Bréfritari: Þórunn Pálsdóttir
Viðtakandi: Páll Pálsson
Dagsetning: A-1864-01-12
Skrifað á: Hallfreðarstöðum  N-Múl.
Páll var bróðir Þórunnar

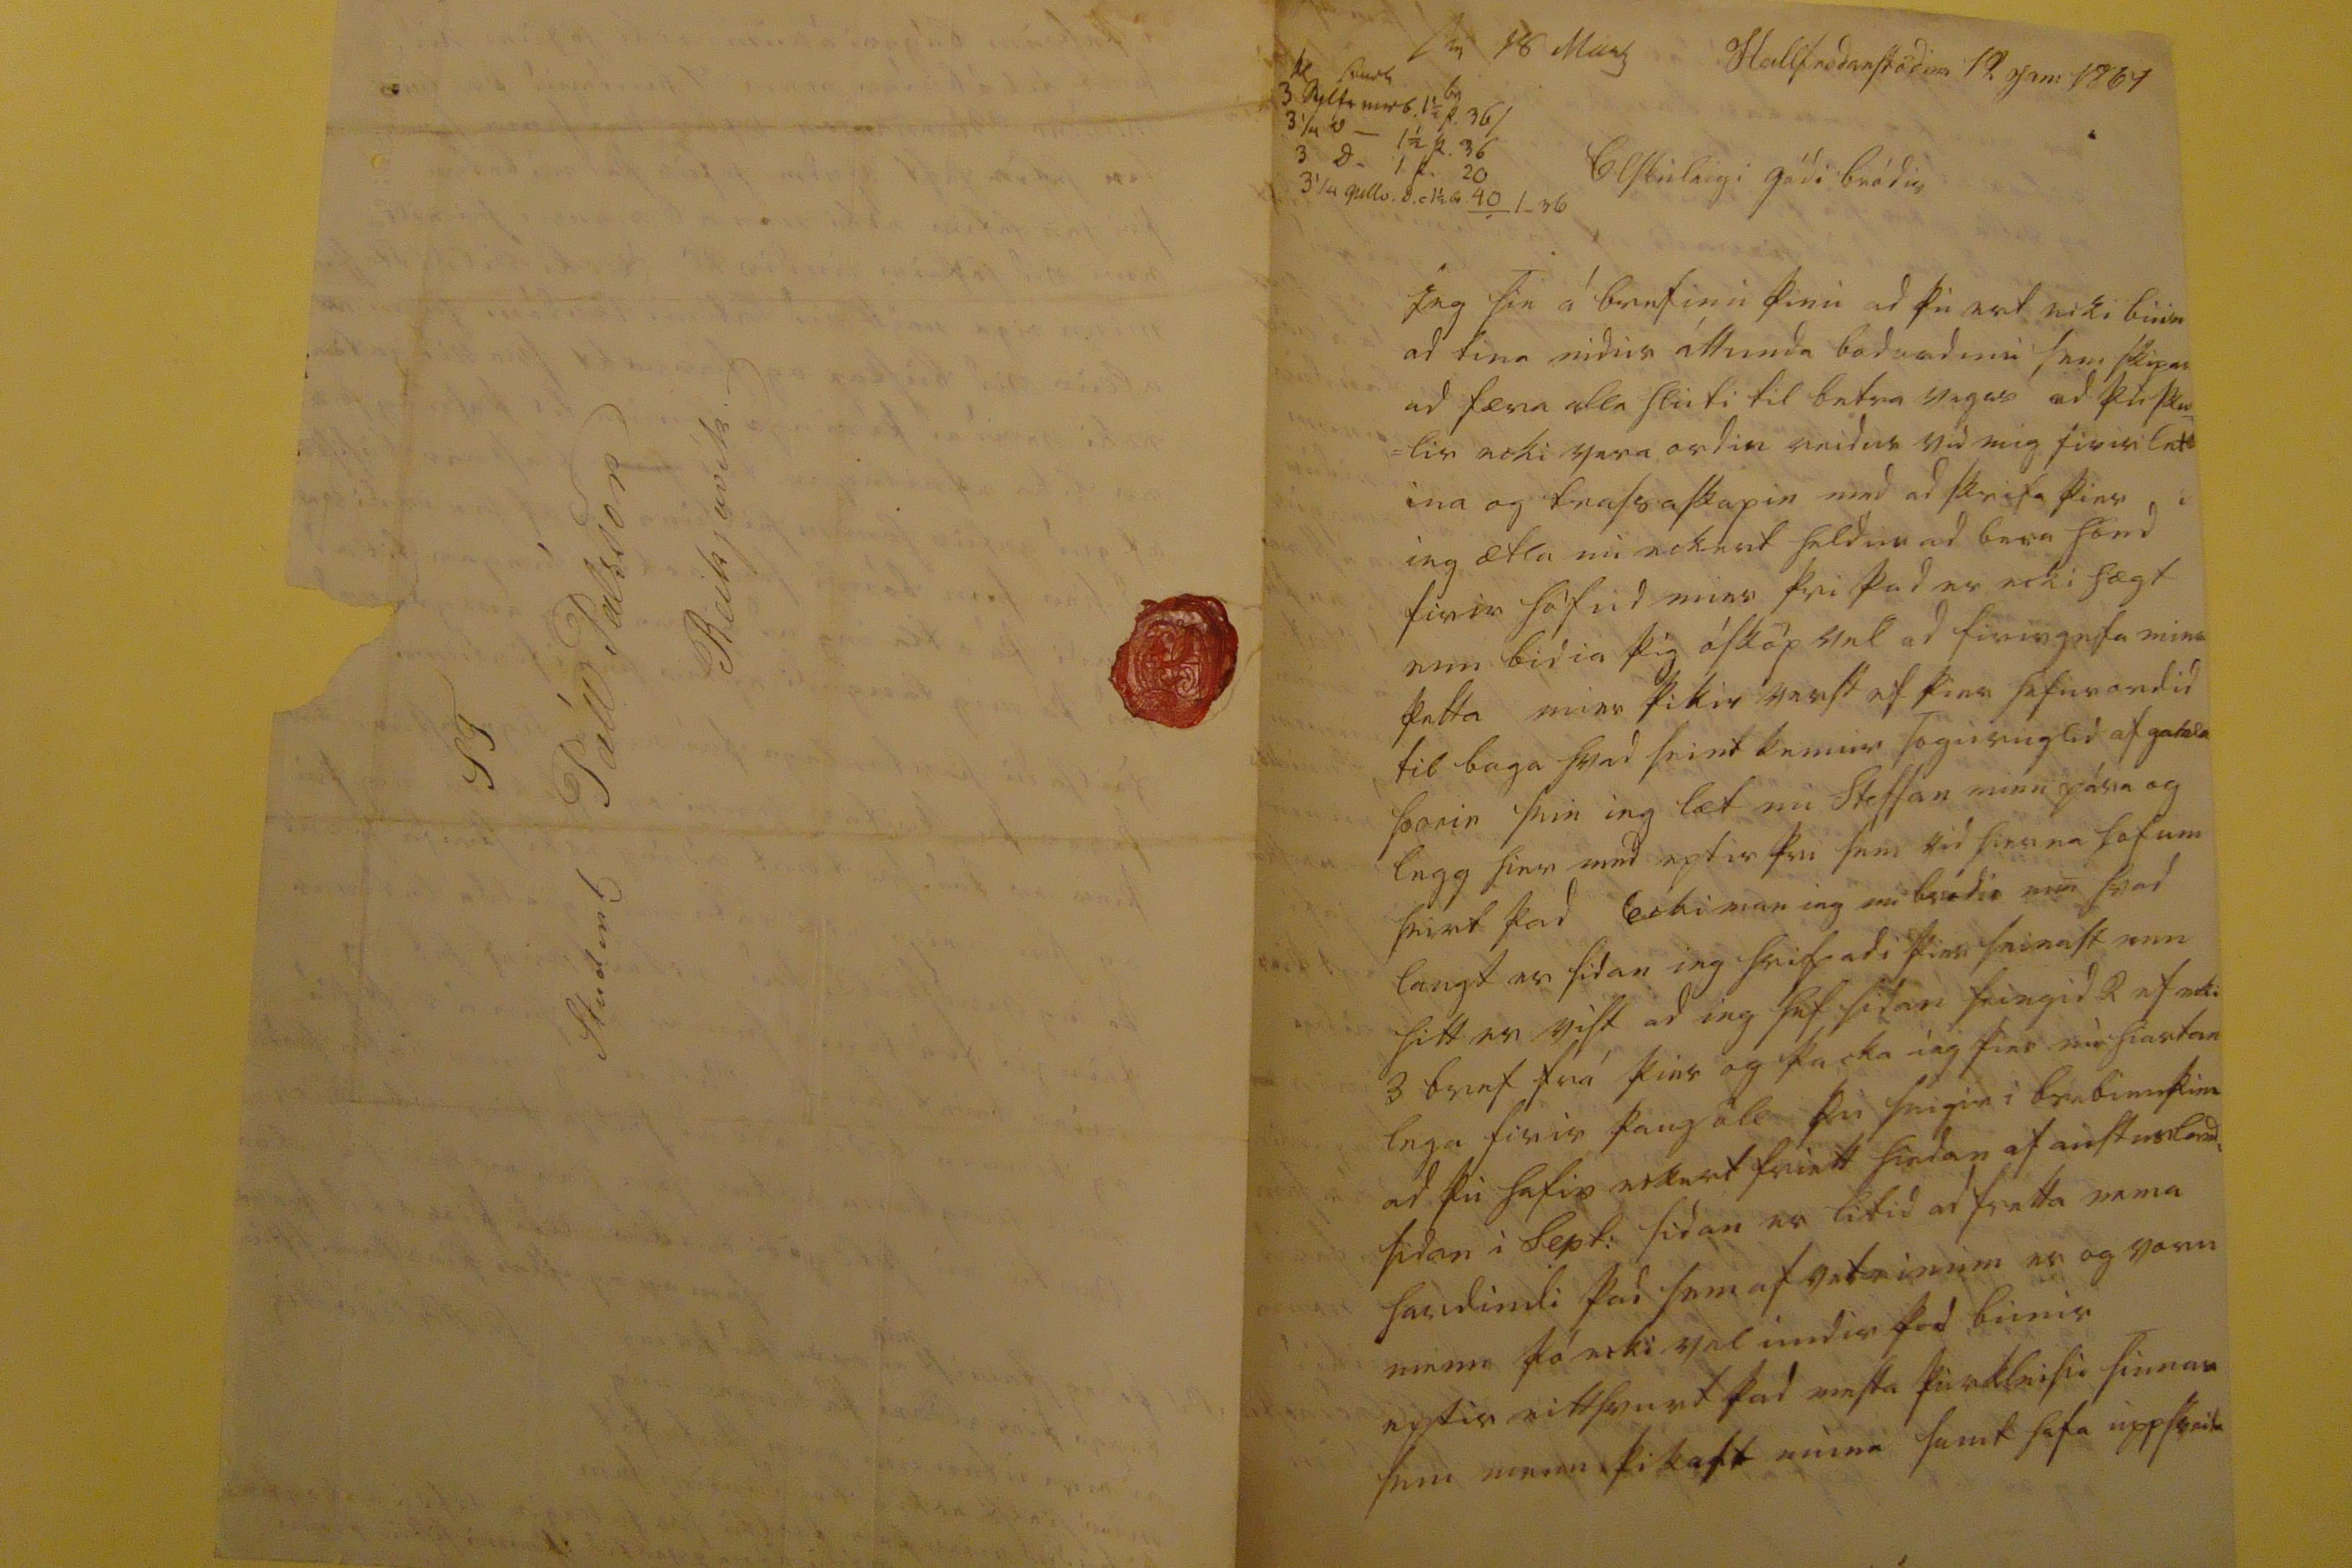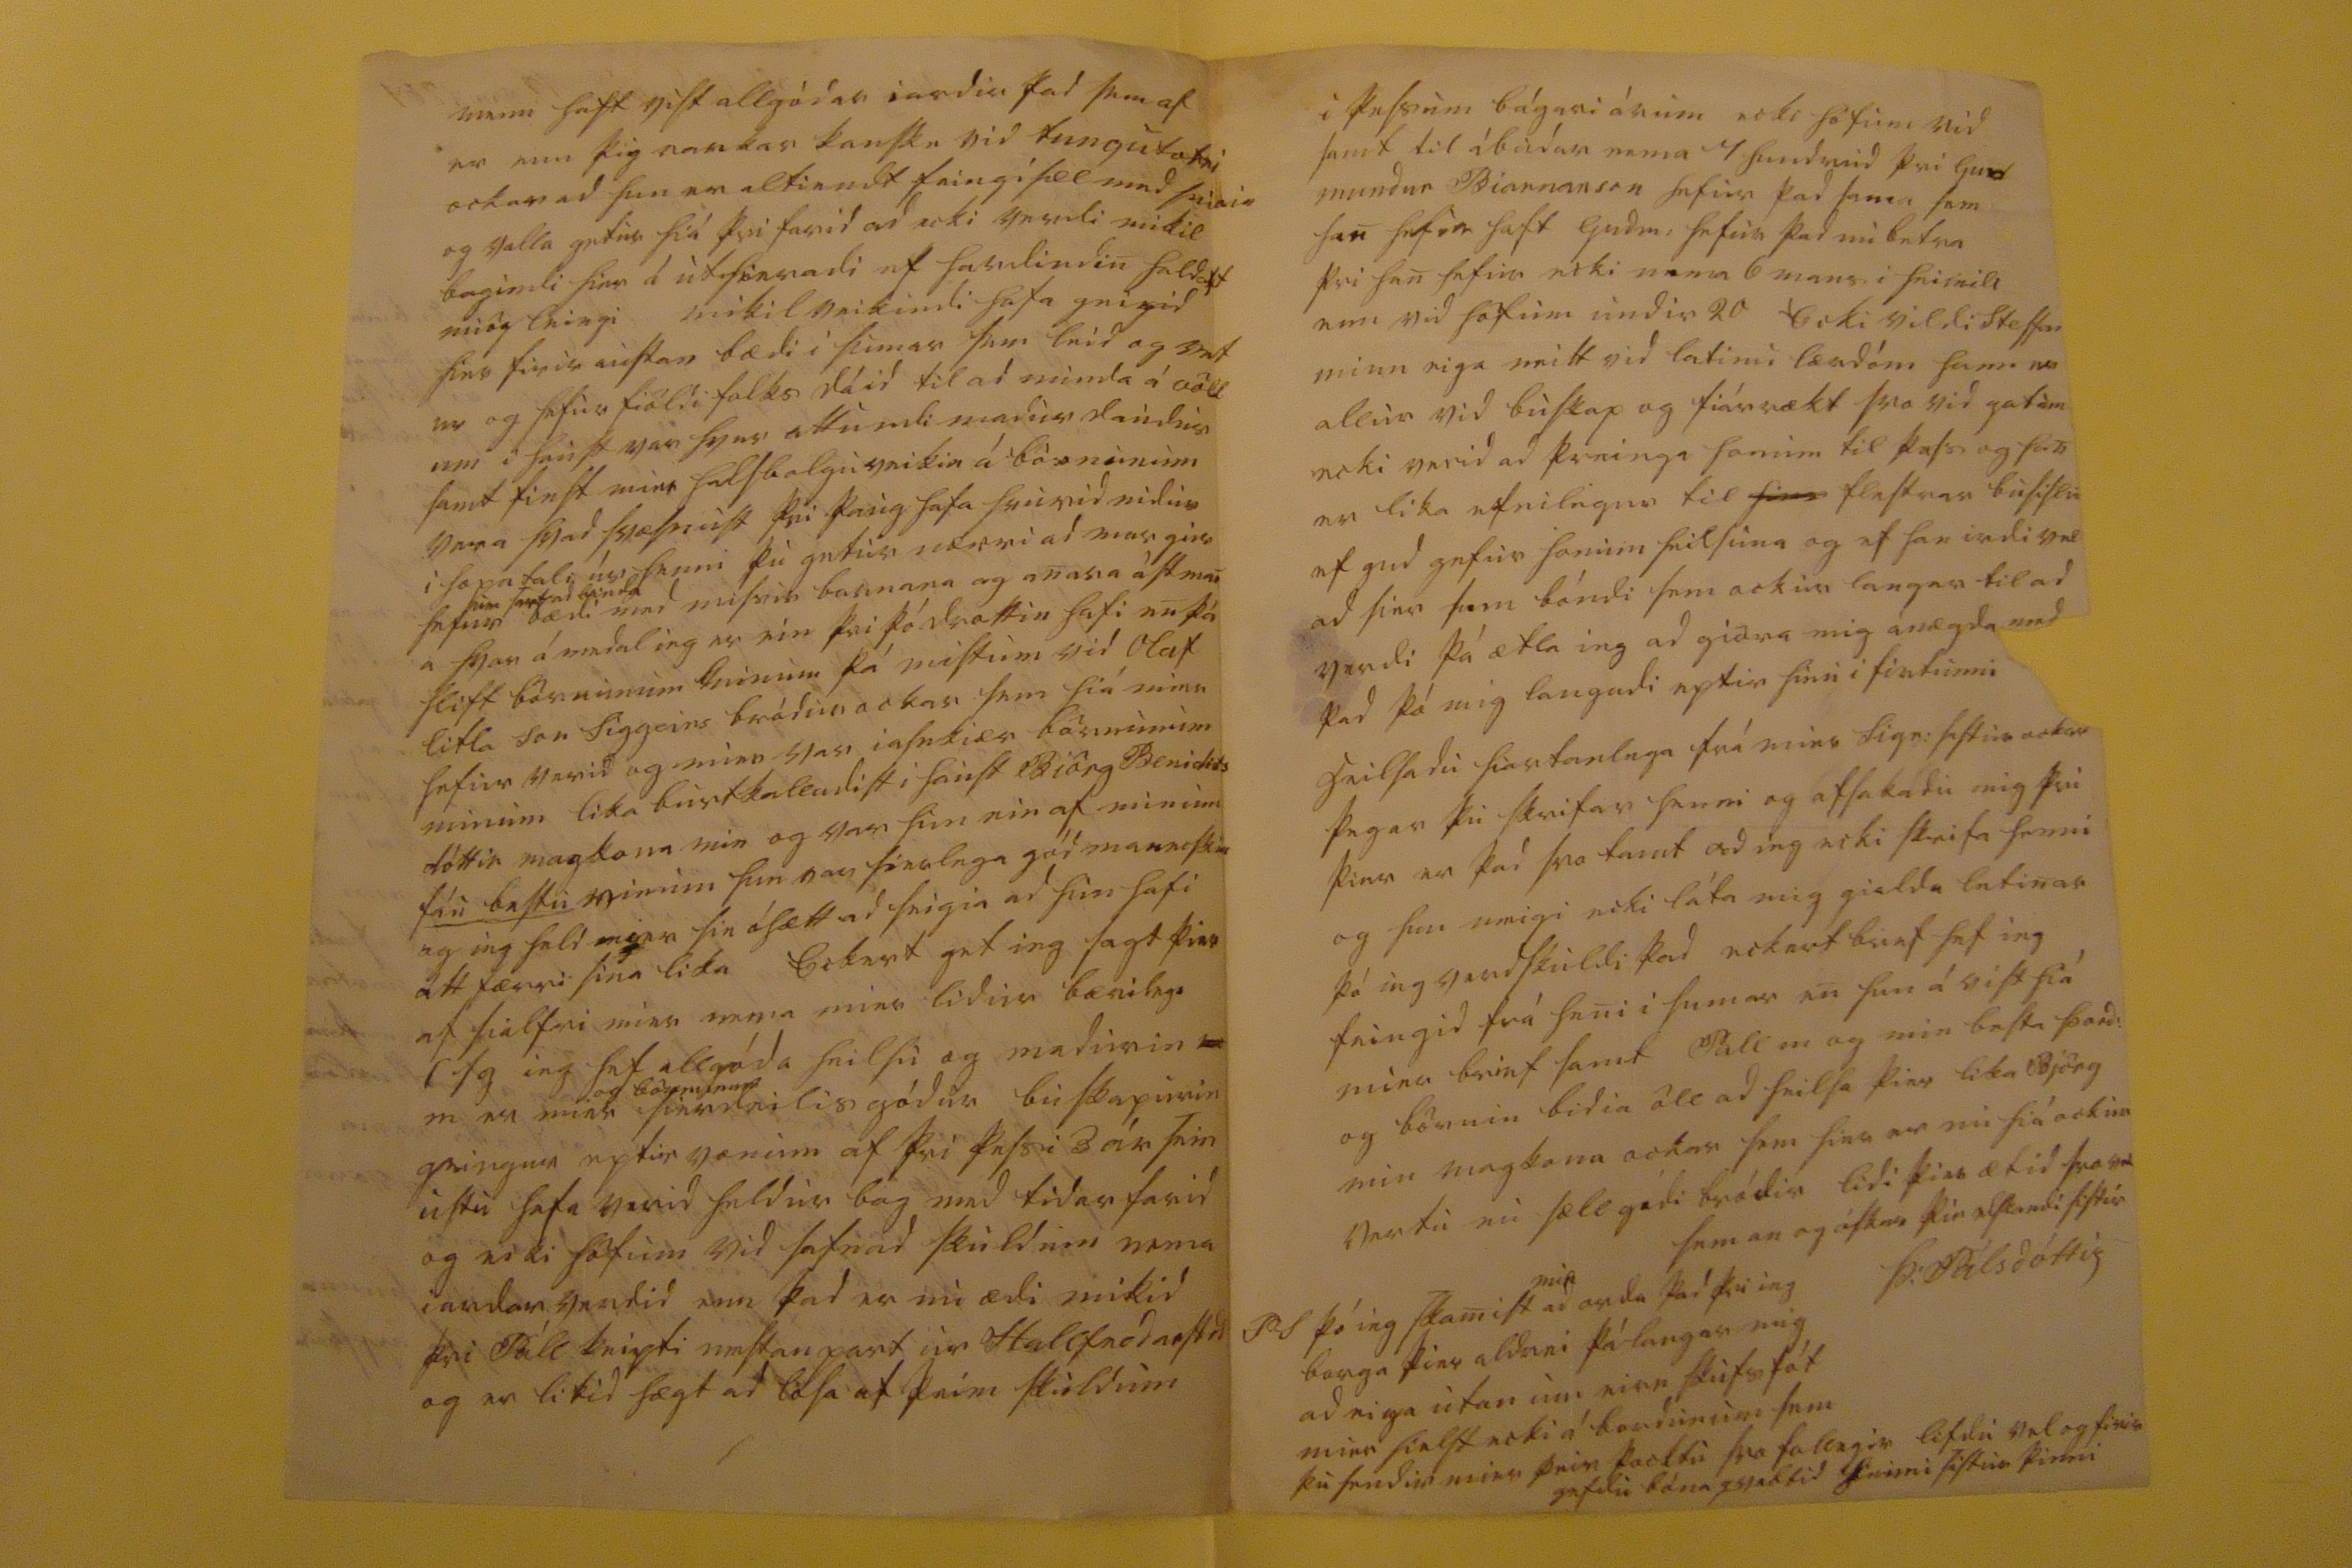

s0 18 ma0 0 0000 00 3 dylf0 00r b. 1 1/2 þ. 36/ 3 1/4 d_ 1 1/2 þ. 36 3 d_ 1 þ. 20 3 1/4 gull0.d. 1 1/2 br. 40 /_36
Hallfredarstödum 12 Jan: 1864
Elskuleigi gódi bródir
Ieg sie á brefinu þinu ad þu ert ecki buin ad fina nidur áttunda
bodordinu
sem skipar ad færa alla hluti til betra vegar ad þu sku= =lir ecki vera ordin reidur vid mig firir let ina og trassaskapin med ad skrifa þier i ieg ætla nu eckert heldur ad bera hönd firir höfud mier þvi þad er ecki hægt enn bidia þig ósköp vel ad firirgefa mier þetta mier þikir verst ef þier hefur ordid til baga hvad seint kemur soguruglid af
gefda þorir sein
ieg læt nu Steffan minn pára og legg hier med eptir þvi sem vid hierna hofum heirt þad Ecki man ieg nu bródir min hvad langt er sidan ieg skrifadi þier seinast enn hitt er vist ad ieg hef sidan feingid 2 ef ecki 3 bref frá þier og þacka ieg þier hiartan lega firir þaug öll þu seigir i brefinu þinu ad þu hafir eckert friett hiedan af austurlandi sidan i Sept: sidan er litid ad fretta nema hardindi þad sem af vetrinum er og voru menn þá ecki vel undir þad bunir eptir eitthvurt þad mesta þurkleisu sumar sem menn þikast muna samt hafa
uppskeita
menn haft vist allgódar iardir þad sem af er enn þig
vantar
kanske vid tungutækni ockar ad hun er altiendt
teingisæl med sei0i0
og valla getur hiá þvi farid ad ecki verdi mikil bagindi hier á úthieradi ef hardindin haldast miög leingi mikil veikindi hafa geingid hier firir austan bædi i sumar sem leid og vet ur og hefur fiöldi folks dáid til ad minda á Völl um i haust var hver attundi madur daudur samt finst mier halsbolguveikin á börnunum vera hvad svæsnust þvi þaug hafa hrunid nidur i hopatali úr henni þu getur nærri ad margir hefur
hier sart ad binda
bædi med missis barnana og anara ástman a hvar á medal ieg er ein þvi þó drottin hafi enþá hlift börnunum minum þá mistum vid Olaf litla son Siggeirs bródur ockar sem hiá mier hefur verid og mier var iafnkiær börnunum minum lika burtkalladist i haust Biörg Benidicts dóttir magkona min og var hun ein af minum fáu bestu vinum hun var sierlega gód
maneskia
og ieg held mier sie óhætt ad seigia ad hun hafi átt færri sina lika Eckert get ieg sagt þier af sialfri mier nema mier lidur bærilega lsg ieg hef allgóda heilsu og madurin m er mier
og börnunum
sierdeilis gódur buskapurin geingur eptir vonum af þvi þessi 3 ár sein ustu hafa verid heldur bag med tidarfarid og ecki höfum vid safnad skuldum nema iardarverdid enn þad er nu ædi mikid þvi Páll keipti mestanpart ur Hallfredarstö og er litid hægt ad
lesa
af þeim skuldum
i þessum bágari árum ecki höfum vid samt til
íbudar nema 4 hundrud þvi Gud mundur Biarnanson hefur þad sama sem han hefur haft Gudm: hefur þad nu betra þvi han hefur ecki nema 6 mans i heimili enn vid höfum undir 20 Ecki vildi Steffan minn eiga neitt vid latinu lærdóm hann er sllur vid buskap og fiárrækt svo vid getum ecki verid ad þreinga honum til þess og han er lika efnilegur til
hier
flestrar busislu ef gud gefur honum heilsuna og ef han irdi vel ad sier sem bóndi sem ockur langar til ad verdi þá ætla ieg ad giöra mig ánægda med þad þá mig langadi eptir hinu i
firtunni
heilsadu hiartanlega frá mier Sigr: sistur ockar þegar þu skrifar henni og afsakadu mig þvi þier er þad svo tamt ad ieg ecki skrifa henni og hun meigi ecki láta mig gialda letinar þó ieg verdskuldi þad eckert brief hef ieg feingid frá heni i sumar en hun á vist hiá mier brief samt Páll m og min besta þord: og börnin bidia öll ad heilsa þier lika Björg min magkona ockar sem hier er nu hiá ockur vertu nu sæll gódi bródir
lidi þier ætid svo vel sem an og óskar þin elskandi sistir
Þ: Pálsdóttir
PS þó ieg skamist
min
ad orda þad þvi ieg borga þier aldrei þá langar mig ad eiga utan um einn skutsfót mier hielst ecki á bondunum sem þu sendir mier
þeir
þocktu svo fallegir lifdu vel og firir gefdu bóna
qvabbid henni
sistur þinni
S T Student Páll Pálsson Reikjavík